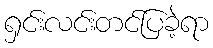
ရှင်းလင်းတင်ပြခဲ့ရာ